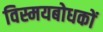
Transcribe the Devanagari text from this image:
विस्मयबोधकों